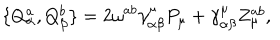
LaTeX: \{ Q _ { \alpha } ^ { a } , Q _ { \beta } ^ { b } \} = 2 \omega ^ { a b } \gamma _ { \alpha \beta } ^ { \mu } P _ { \mu } + \gamma _ { \alpha \beta } ^ { \mu } Z _ { \mu } ^ { a b } ,